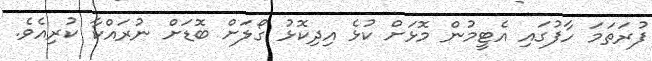
ފުރަތަމަ ހާފުގައި އެޓީމުން މޮޅަށް ކުޅެ އިދިކޮޅު ގޯލަށް ބޮޑަށް ނުރައްކާ ކުރިއެވެ.